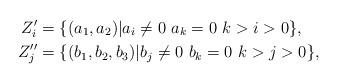
\begin{align*}Z'_i&=\{(a_1,a_2)|a_i\ne 0\,\,a_k=0\,\,k>i>0\},\\Z''_j&=\{(b_1,b_2,b_3)|b_j\ne 0\,\,b_k=0\,\,k>j>0\},\end{align*}